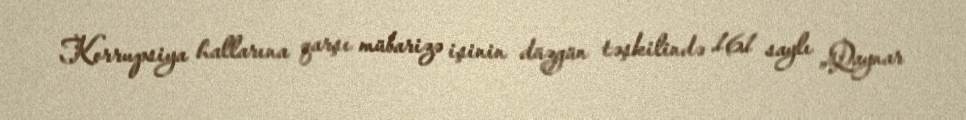
Korrupsiya hallarına qarşı mübarizə işinin düzgün təşkilində 161 saylı „Qaynar